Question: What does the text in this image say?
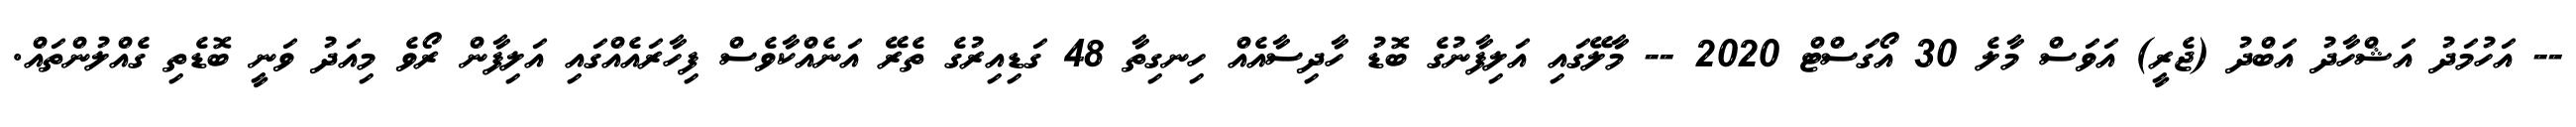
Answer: -- އަހުމަދު އަޝްހާދު އަބްދު (ޖެރީ) އަވަސް މާލެ 30 އޯގަސްޓް 2020 -- މާލޭގައި އަލިފާނުގެ ބޮޑު ހާދިސާއެއް ހިނގިތާ 48 ގަޑިއިރުގެ ތެރޭ އަނެއްކާވެސް ފިހާރައެއްގައި އަލިފާން ރޯވެ މިއަދު ވަނީ ބޮޑެތި ގެއްލުންތައް.